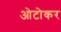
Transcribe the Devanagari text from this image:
ओटोकर